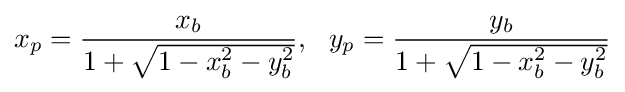
x_{p}={\frac {x_{b}}{1+{\sqrt {1-x_{b}^{2}-y_{b}^{2}}}}},\ \ y_{p}={\frac {y_{b}}{1+{\sqrt {1-x_{b}^{2}-y_{b}^{2}}}}}